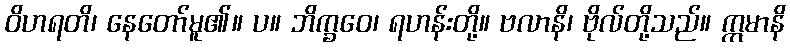
ဝိဟရတိ၊ နေတော်မူ၏။ ပ။ ဘိက္ခဝေ၊ ရဟန်းတို့။ ဗလာနိ၊ ဗိုလ်တို့သည်။ ဣမာနိ